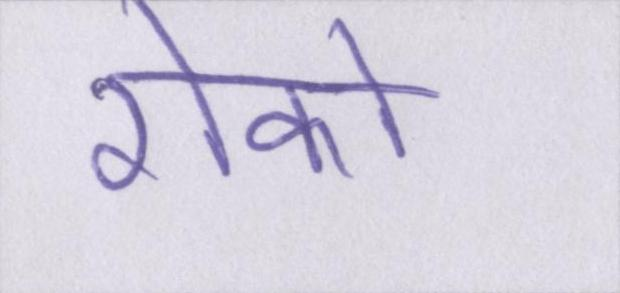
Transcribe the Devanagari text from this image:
रोको